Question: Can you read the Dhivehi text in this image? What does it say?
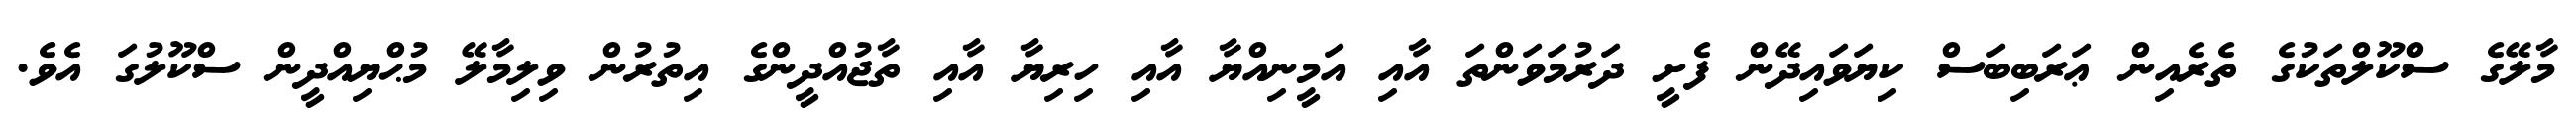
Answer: މާލޭގެ ސްކޫލްތަކުގެ ތެރެއިން ޢަރަބިބަސް ކިޔަވައިދޭން ފެށީ ދަރުމަވަންތަ އާއި އަމީނިއްޔާ އާއި ހިރިޔާ އާއި ތާޖުއްދީންގެ އިތުރުން ވިލިމާލޭ މުޙްޔިއްދީން ސްކޫލުގަ އެވެ.